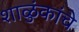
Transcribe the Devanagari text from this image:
शाळुंकांचे